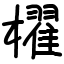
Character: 櫂